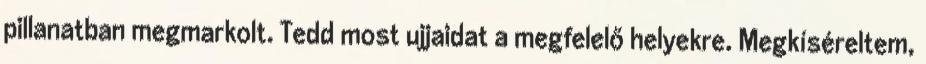
pillanatban megmarkolt. Tedd most ujjaidat a megfelelő helyekre. Megkíséreltem,